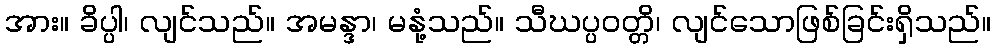
အား။ ခိပ္ပါ၊ လျင်သည်။ အမန္ဒာ၊ မနုံ့သည်။ သီဃပ္ပဝတ္တိ၊ လျင်သောဖြစ်ခြင်းရှိသည်။